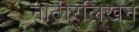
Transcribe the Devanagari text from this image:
नाटीरलिख़ेन